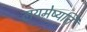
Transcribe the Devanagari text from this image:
लयमेष्यति